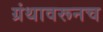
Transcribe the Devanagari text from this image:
ग्रंथावरूनच